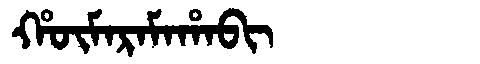
Manchu: ᡥᡡᠮᠠᡵᠠᠮᠠᡥᠠᠪᡳ
Romanization: HŪMARAMAHABI